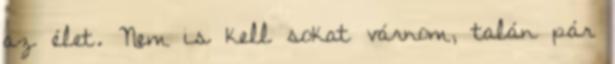
az élet. Nem is kell sokat várnom, talán pár